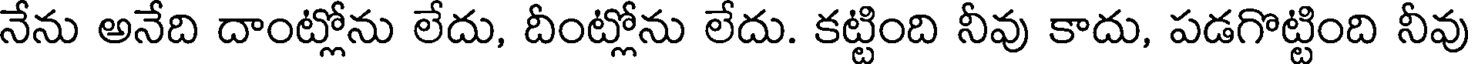
నేను అనేది దాంట్లోను లేదు, దీంట్లోను లేదు. కట్టింది నీవు కాదు, పడగొట్టింది నీవు